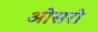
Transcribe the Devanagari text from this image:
ओसरो